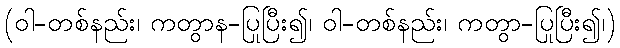
(ဝါ-တစ်နည်း၊ ကတွာန-ပြုပြီး၍၊ ဝါ-တစ်နည်း၊ ကတွာ-ပြုပြီး၍၊)